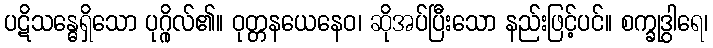
ပဋိသန္ဓေရှိသော ပုဂ္ဂိုလ်၏။ ဝုတ္တနယေနေဝ၊ ဆိုအပ်ပြီးသော နည်းဖြင့်ပင်။ စက္ခုဒွါရေ၊